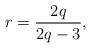
LaTeX: \begin{align*}r= \frac {2q} {2q-3},\end{align*}